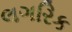
લગરિક